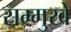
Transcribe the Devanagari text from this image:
सम्मुखे